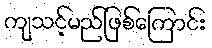
ကျသင့်မည်ဖြစ်ကြောင်း